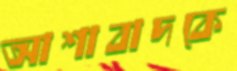
আশাবাদকে